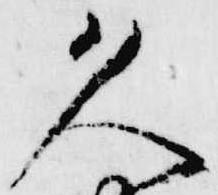
久